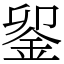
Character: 𨥫